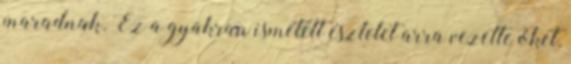
maradnak. Ez a gyakran ismételt észlelet arra vezette őket,